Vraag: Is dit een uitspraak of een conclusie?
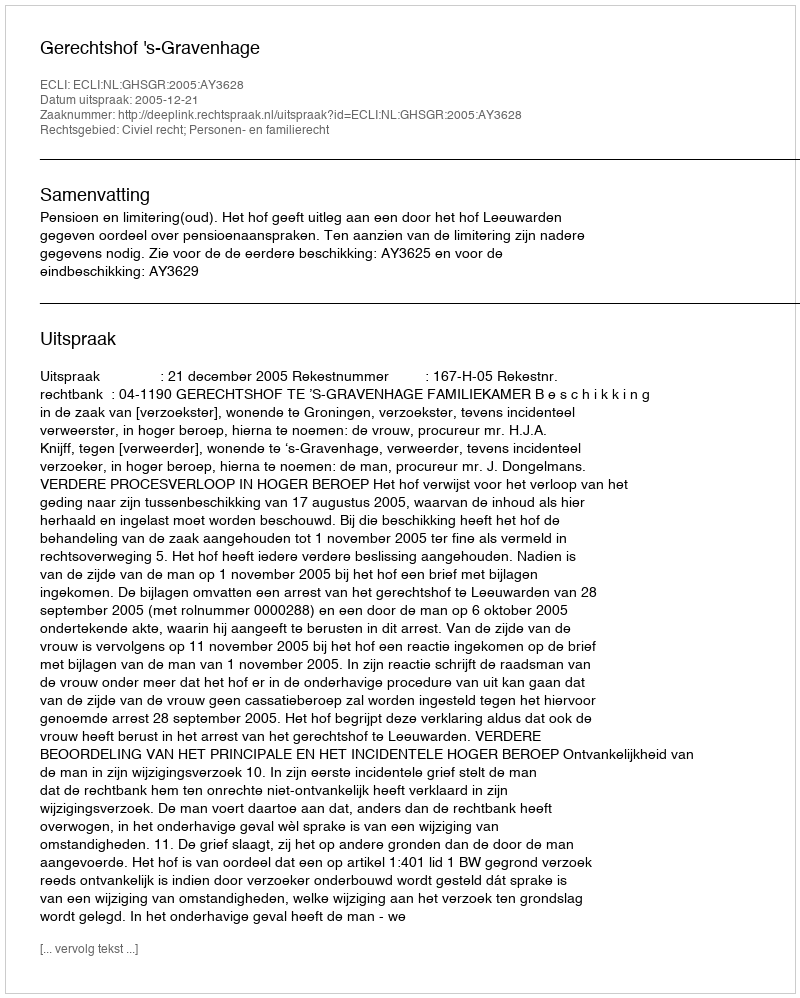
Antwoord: Uitspraak